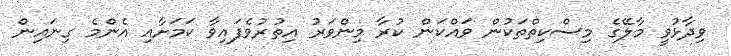
ވިދާޅުވީ މާލޭގެ މިސްކިތްތަކުން ވައްކަން ކުރާ މިންވަރު އިތުރުވެފައިވާ ކަމަށާއި އެންމެ ގިނައިން